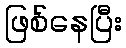
ဖြစ်နေပြီး